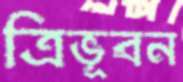
ত্রিভূবন